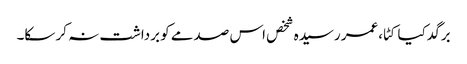
برگد کیا کٹا،عمر رسیدہ شخص اس صدمے کو برداشت نہ کر سکا۔